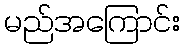
မည်အကြောင်း